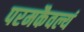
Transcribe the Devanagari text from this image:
परमकैवल्यं